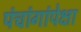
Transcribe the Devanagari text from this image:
पंचांगांपेक्षा